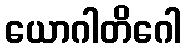
ယောဂါတိဂေါ